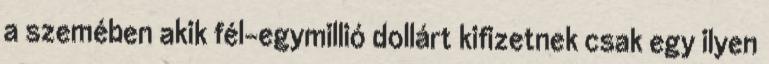
a szemében akik fél-egymillió dollárt kifizetnek csak egy ilyen